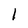
Character: I